Civil Veterinary Department. Central Provinces & Berar 1932-41 - 1932-1941
Year: 1932
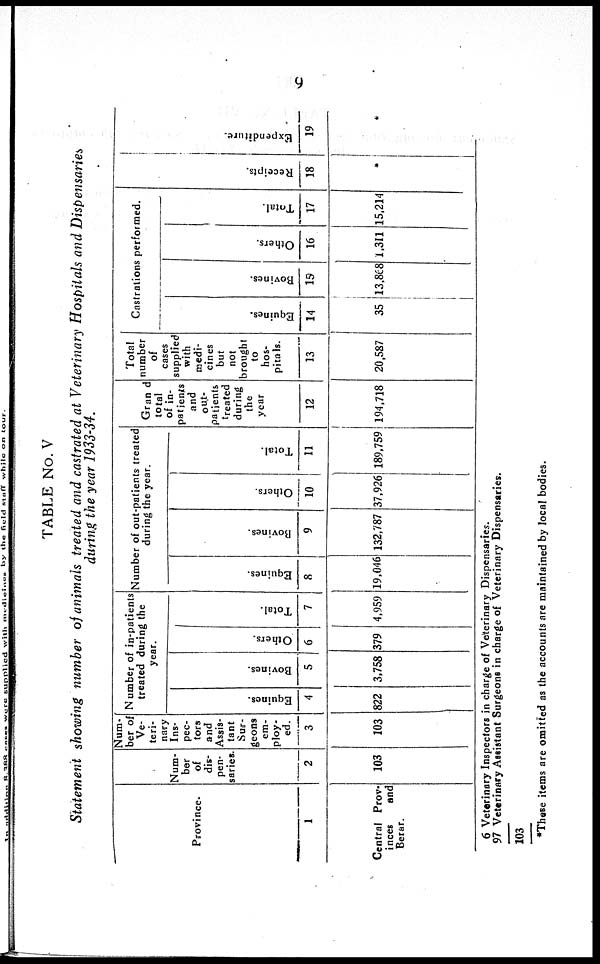
9
TABLE No. V
Statement showing number of animals treated and castrated at Veterinary Hospitals and Dispensaries
during the year 1933-34.
Province.
1
Central Prov-
inces
and
Berar.
Num-
ber
of
dis-
pen-
saries.
2
103
Num-
ber of
Ve-
teri-
nary
Ins-
pec-
tors
and
Assis-
tant
Sur-
geons
em-
ploy-
ed.
3
103
Number of in-patients
treated during the
year.
Equines.
4
822
Bovines.
5
3,758
Others.
6
379
Total.
7
4,959
Number of out-patients treated
during the year.
Equines.
8
19,046
Bovines.
9
132,787
Others.
10
37,926
Total.
11
189,759
Gran d
total
of in-
patients
and
out-
patients
treated
during
the
year
12
194,718
Total
number
of
cases
supplied
with
medi-
cines
but
not
brought
to
hos-
pitals.
13
20,587
Castrations performed.
Equines.
14
35
Bovines.
15
13,868
Others.
16
1,311
Total.
17
15,214
Recei pt s .
18
Expendi t
ur e.
19
6
97
103
Veterinary Inspectors in charge of Veterinary Dispensaries.
Veterinary Assistant Surgeons in charge of Veterinary Dispensaries.
*These items are omitted as the accounts are maintained by local bodies.